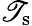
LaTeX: \mathscr{T}_{\textrm{{s}}}